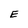
Character: E